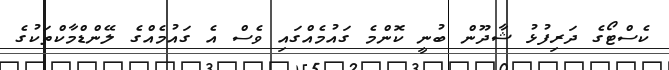
ކެސްޓޯގެ ދަރިފުޅު ޝާދޫން ބުނީ ކޮންމެ ގައުމެއްގައި ވެސް އެ ގައުމެއްގެ ލޭންޑްމާކްތަކުގެ